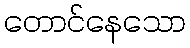
တောင်နေသော